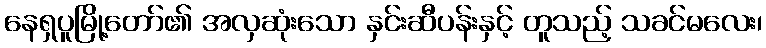
နေရှပူမြို့တော်၏ အလှဆုံးသော နှင်းဆီပန်းနှင့် တူသည့် သခင်မလေး၊